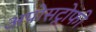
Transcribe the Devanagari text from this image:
अपोसट्रोफी